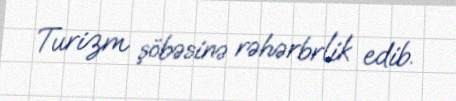
Turizm şöbəsinə rəhərbrlik edib.